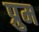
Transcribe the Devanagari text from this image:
प्रुम